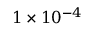
1 \times 1 0 ^ { - 4 }